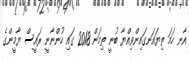
އާނ ހަމަ ތިޔައަނގައިންވިއްޔާ ބުނީ ތިމަން 2018 ގައި ހުންނާނީ ރައީސް ޔާމީންގެ